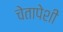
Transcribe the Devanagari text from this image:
चेतापेशीं